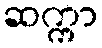
ဆက္ကာ